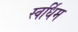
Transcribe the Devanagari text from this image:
स्वर्धिम